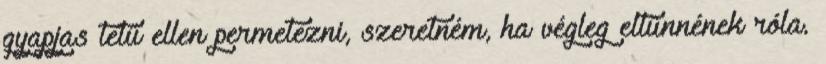
gyapjas tetű ellen permetezni, szeretném, ha végleg eltűnnének róla.